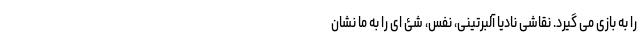
را به بازی می گیرد. نقاشی نادیا آلبرتینی، نَفَس، شئ ای را به ما نشان